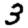
Digit: 3